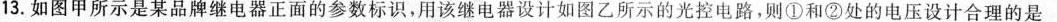
13.如图甲所示是某品牌继电器正面的参数标识，用该继电器设计如图乙所示的光控电路，则①和②处的电压设计合理的是